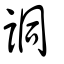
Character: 詷